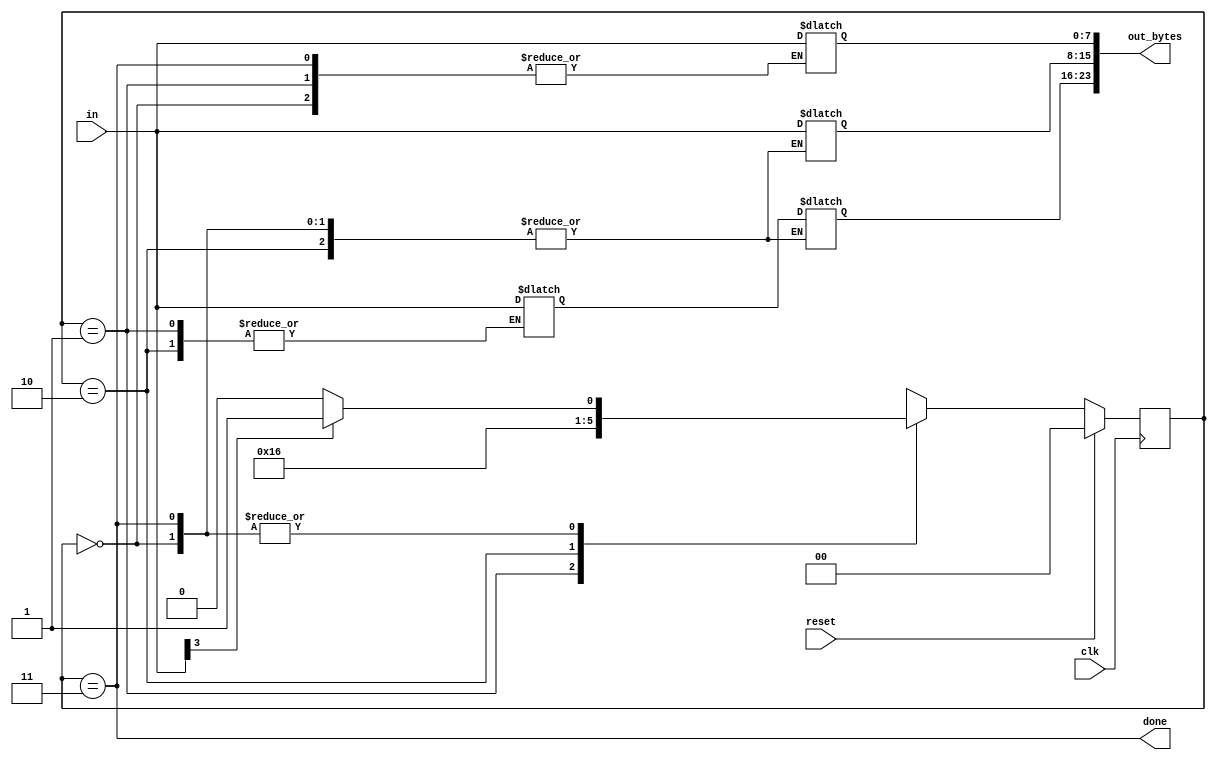
module top_module(
    input clk,
    input [7:0] in,
    input reset,    // Synchronous reset
    output [23:0] out_bytes,
    output done); //

    // FSM from fsm_ps2
    parameter BYTE1 = 0 , BYTE2 = 1 , BYTE3 = 2 , DONE = 3 ;
    reg[1:0] cstate , nstate ;
    reg[23:0] o_bytes ;
    reg[7:0] r_bytes ;
    assign out_bytes = o_bytes ;

    always @(posedge clk) begin
        if(reset) begin
            cstate <= BYTE1 ;
        end
        else begin
            cstate <= nstate ;
        end
    end
    
    always @(*) begin
        case(cstate) 
            BYTE1 : nstate = in[3] ? BYTE2 : BYTE1 ;
            BYTE2 : nstate = BYTE3 ;
            BYTE3 : nstate = DONE ;
            DONE  : nstate = in[3] ? BYTE2 : BYTE1 ;
        endcase
    end
   	
    always @(*) begin
        case(cstate)
            BYTE1 : r_bytes = in ;
            BYTE2 : begin
                o_bytes[23:16] = r_bytes[7:0] ;
                o_bytes[15: 8] = in[7:0] ;
            end
            BYTE3 : o_bytes[7:0] = in[7:0] ;
            DONE : begin
                o_bytes = o_bytes ;
                r_bytes = in ;
            end
        endcase
    end

    
    assign done = (cstate == DONE) ;
          

    // New: Datapath to store incoming bytes.

endmodule